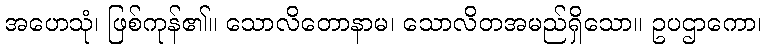
အဟေသုံ၊ ဖြစ်ကုန်၏။ သောလိတောနာမ၊ သောလိတအမည်ရှိသော။ ဥပဌာကော၊